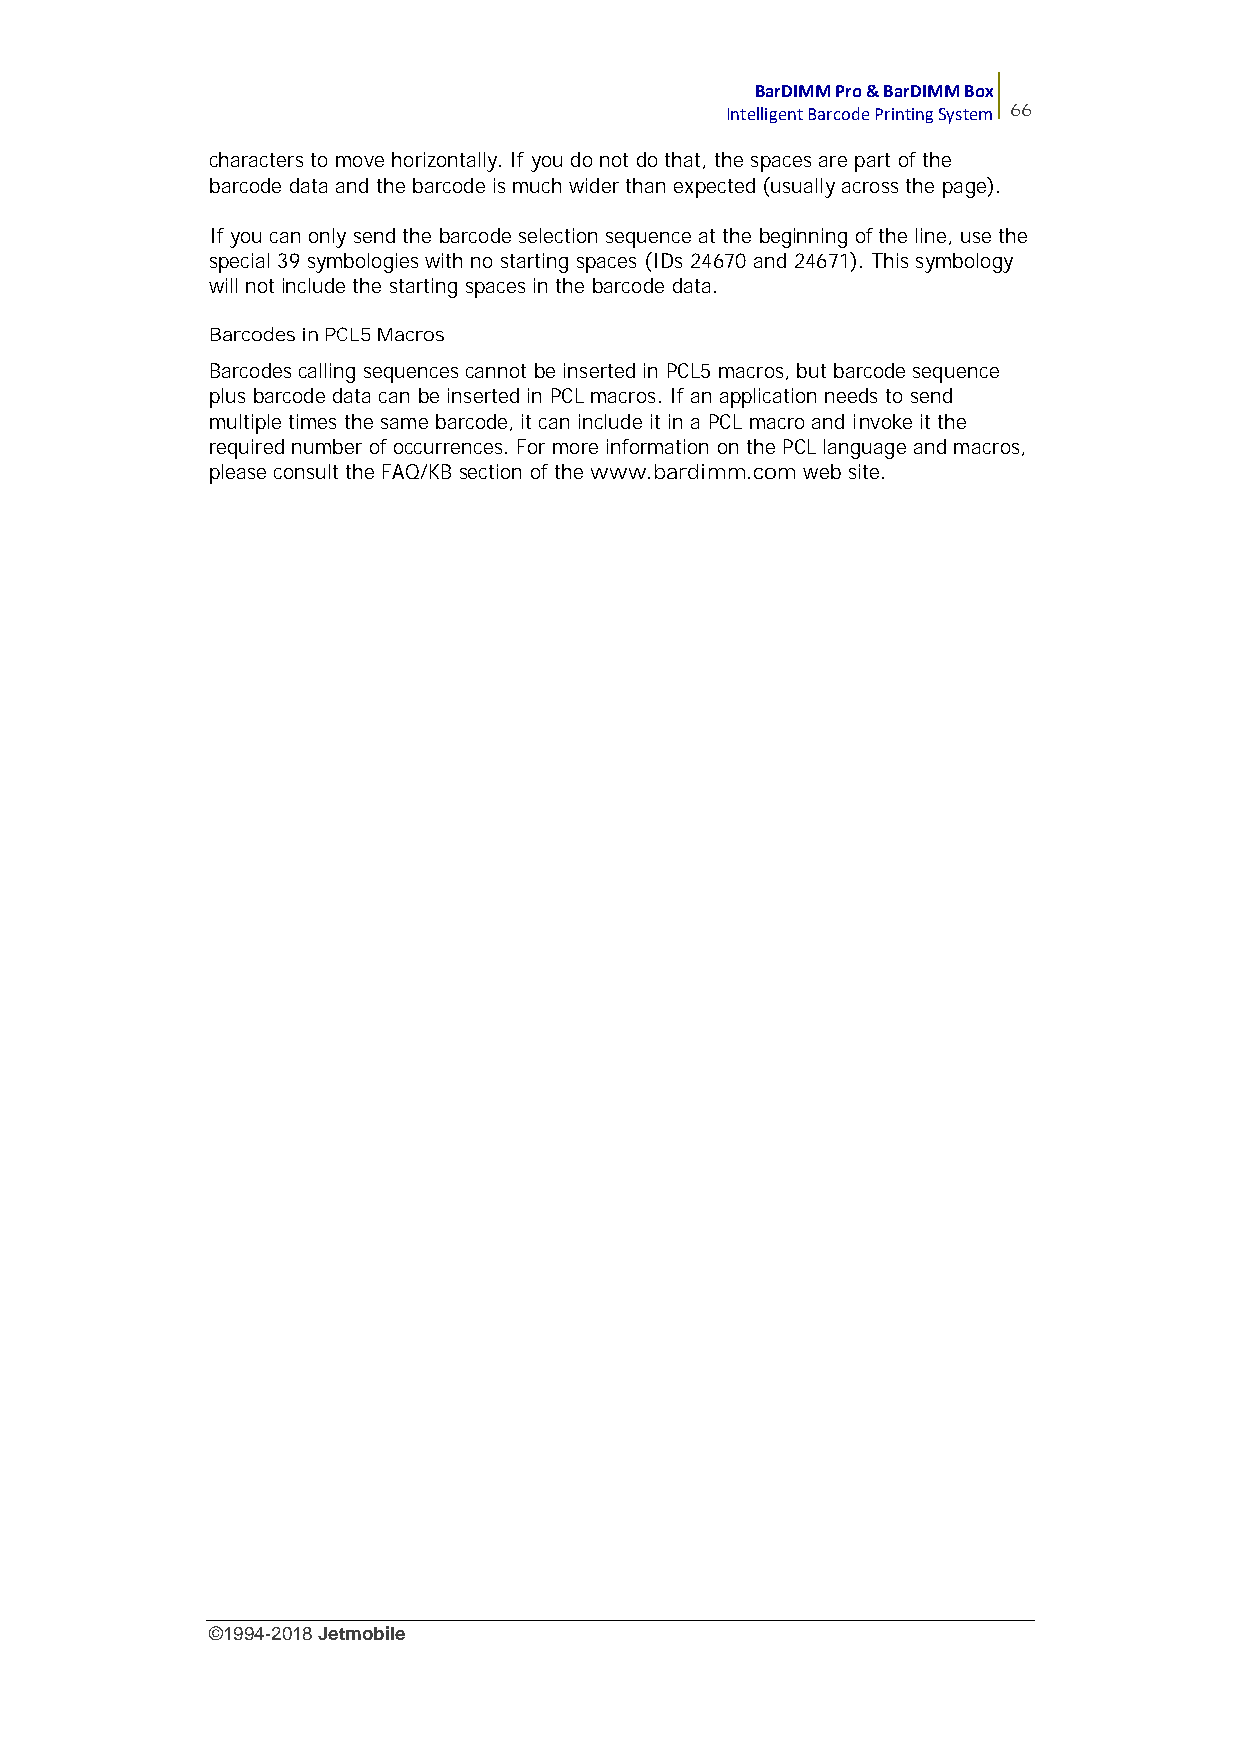
BarDIMM Pro & BarDIMM Box
 Intelligent Barcode Printing System 66
 characters to move horizontally. If you do not do that, the spaces are part of the
 barcode data and the barcode is much wider than expected (usually across the page).
 If you can only send the barcode selection sequence at the beginning of the line, use the
 special 39 symbologies with no starting spaces (IDs 24670 and 24671). This symbology
 will not include the starting spaces in the barcode data.
 Barcodes in PCL5 Macros
 Barcodes calling sequences cannot be inserted in PCL5 macros, but barcode sequence
 plus barcode data can be inserted in PCL macros. If an application needs to send
 multiple times the same barcode, it can include it in a PCL macro and invoke it the
 required number of occurrences. For more information on the PCL language and macros,
 please consult the FAQ/KB section of the www.bardimm.com web site.
 ©1994-2018Jetmobile
 E
 r
 r
 o